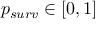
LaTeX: p _ { s u r v } \in [ 0 , 1 ]